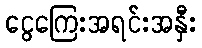
ငွေကြေးအရင်းအနှီး